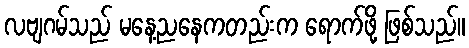
လဗျဂမ်သည် မနေ့ညနေကတည်းက ရောက်ဖို့ ဖြစ်သည်။